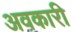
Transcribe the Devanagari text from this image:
अवकारी